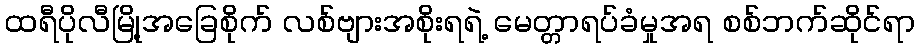
ထရီပိုလီမြို့အခြေစိုက် လစ်ဗျားအစိုးရရဲ့ မေတ္တာရပ်ခံမှုအရ စစ်ဘက်ဆိုင်ရာ